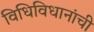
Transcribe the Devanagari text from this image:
विधिविधानांची